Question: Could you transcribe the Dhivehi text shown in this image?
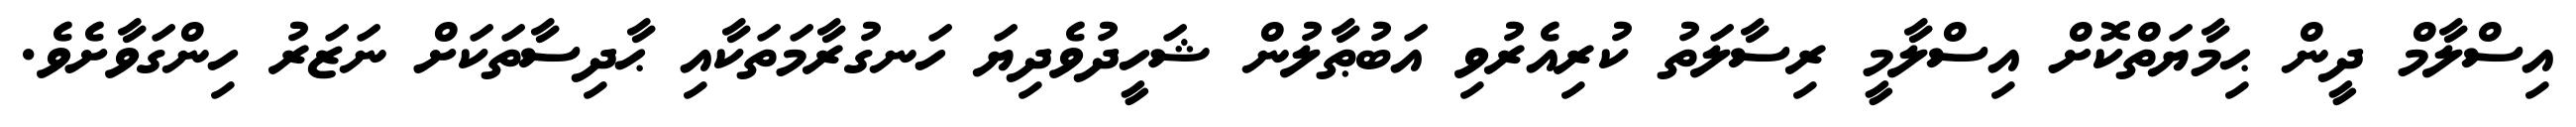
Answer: އިސްލާމް ދީން ޙިމާޔަތްކޮށް އިސްލާމީ ރިސާލަތު ކުރިއެރުވި އަބުޠާލުން ޝަހީދުވެދިޔަ ހަނގުރާމަތަކާއި ޙާދިސާތަކަށް ނަޒަރު ހިންގަވާށެވެ.